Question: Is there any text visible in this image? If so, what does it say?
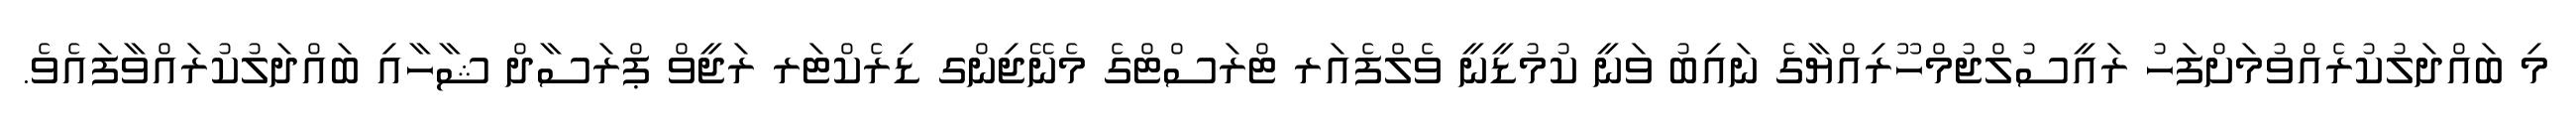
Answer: މި ބައްދަލުކުރެއްވުމަށްފަހު ރައީސުލްޖުމްހޫރިއްޔާގެ ނައިބު ވަނީ ކުމުޑީނީ ވެލްފެއަރ ޓްރަސްޓްގެ މެނޭޖިންގ ޑިރެކްޓަރ ރަޖީވް ޕްރަސާދް ޝާހާއި ބައްދަލުކުރައްވާފައެވެ.